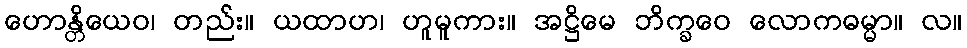
ဟောန္တိယေဝ၊ တည်း။ ယထာဟ၊ ဟူမူကား။ အဋ္ဌိမေ ဘိက္ခဝေ လောကဓမ္မာ။ လ။